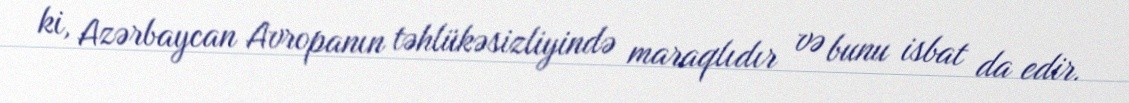
ki, Azərbaycan Avropanın təhlükəsizliyində maraqlıdır və bunu isbat da edir.